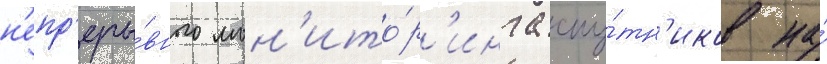
н'епр'еры́вного мон'ито́р'инга спу́тн'иков на́